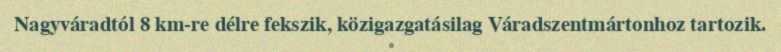
Nagyváradtól 8 km-re délre fekszik, közigazgatásilag Váradszentmártonhoz tartozik.